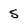
Character: s